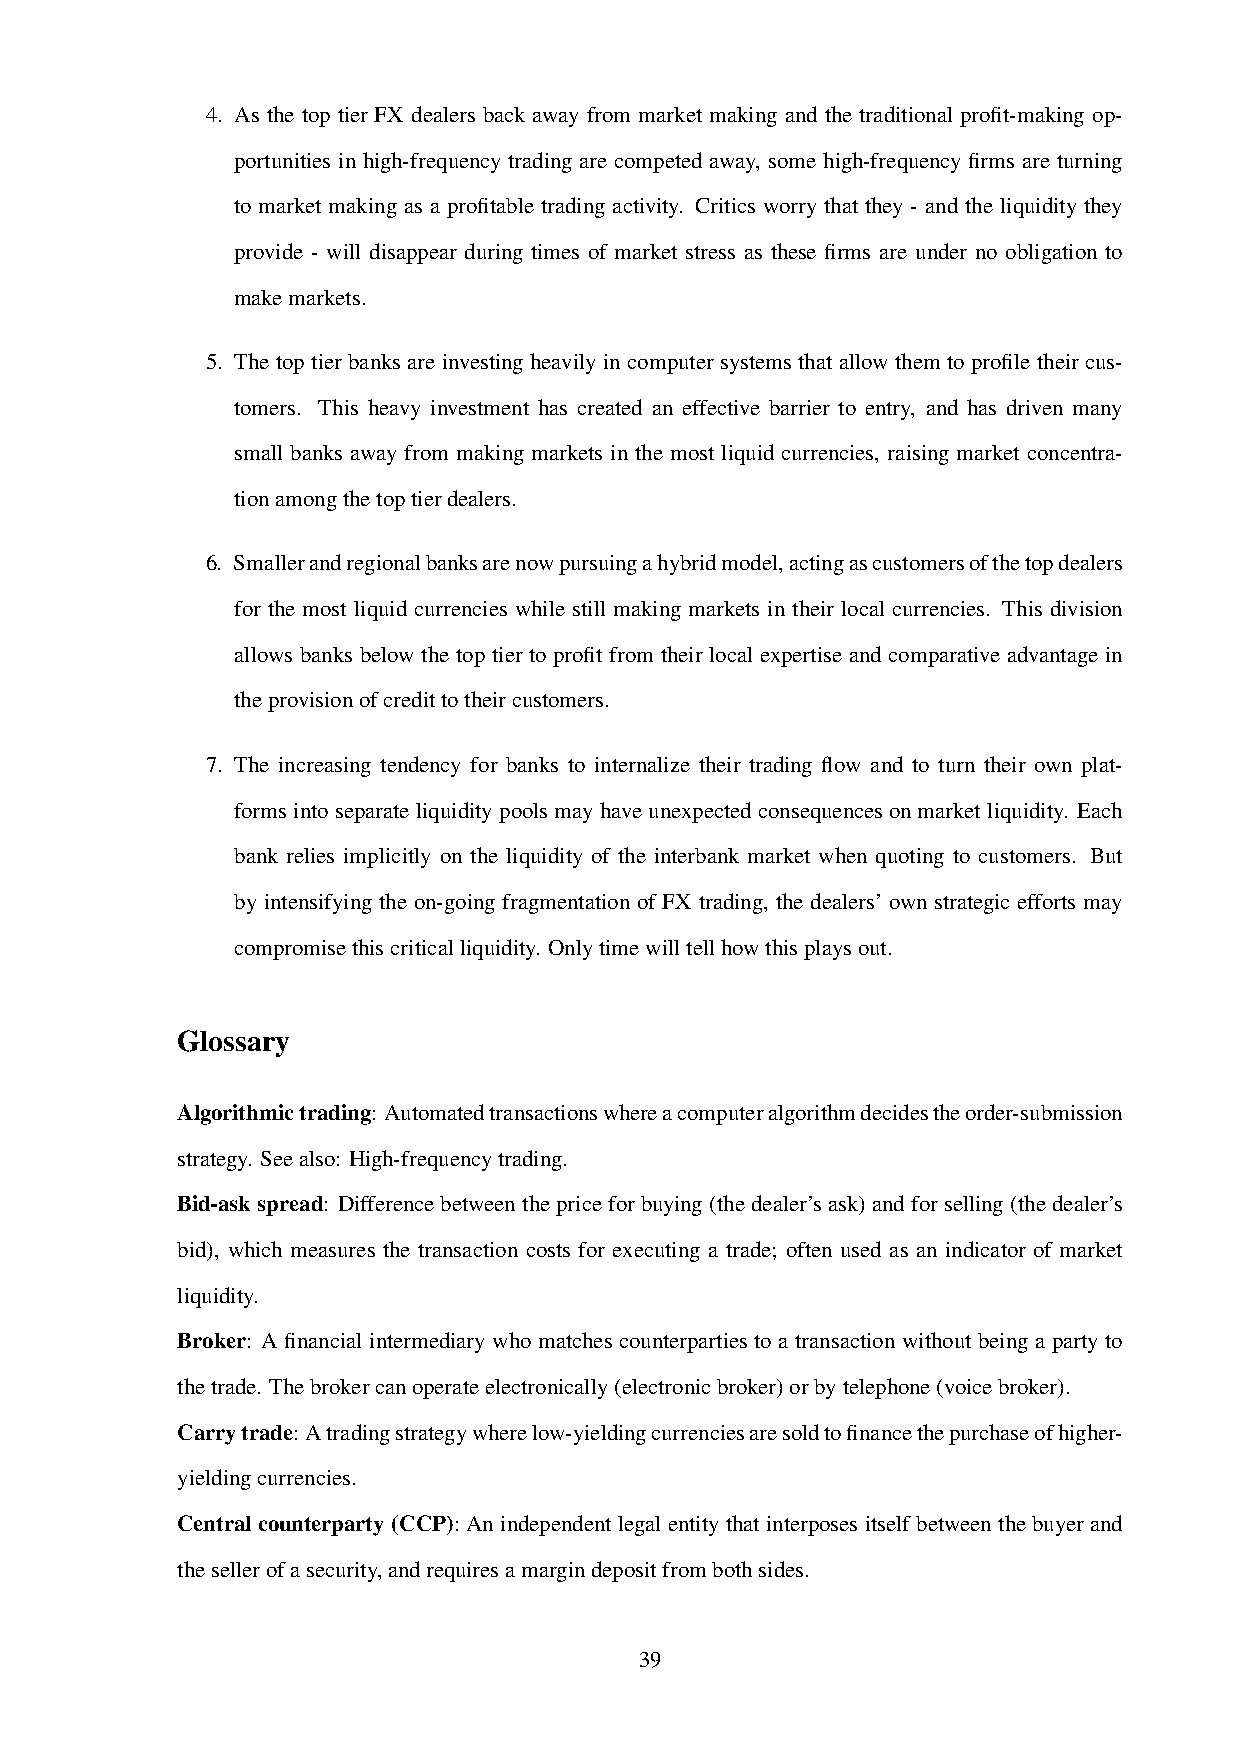
4. As the top tier FX dealers back away from market making and the traditional profit-making op-
 portunities in high-frequency trading are competed away, some high-frequency firms are turning
 to market making as a profitable trading activity. Critics worry that they - and the liquidity they
 provide - will disappear during times of market stress as these firms are under no obligation to
 makemarkets.
 5. The top tier banks are investing heavily in computer systems that allow them to profile their cus-
 tomers. This heavy investment has created an effective barrier to entry, and has driven many
 small banks away from making markets in the most liquid currencies, raising market concentra-
 tionamongthetoptierdealers.
 6. Smallerandregionalbanksarenowpursuingahybridmodel,actingascustomersofthetopdealers
 for the most liquid currencies while still making markets in their local currencies. This division
 allows banks below the top tier to profit from their local expertise and comparative advantage in
 theprovisionofcredittotheircustomers.
 7. The increasing tendency for banks to internalize their trading flow and to turn their own plat-
 formsintoseparateliquiditypoolsmayhaveunexpectedconsequencesonmarketliquidity. Each
 bank relies implicitly on the liquidity of the interbank market when quoting to customers. But
 by intensifying the on-going fragmentation of FX trading, the dealers’ own strategic efforts may
 compromisethiscriticalliquidity. Onlytimewilltellhowthisplaysout.
 Glossary
 Algorithmictrading: Automatedtransactionswhereacomputeralgorithmdecidestheorder-submission
 strategy. Seealso: High-frequencytrading.
 Bid-askspread: Differencebetweenthepriceforbuying(thedealer’sask)andforselling(thedealer’s
 bid), which measures the transaction costs for executing a trade; often used as an indicator of market
 liquidity.
 Broker: A financial intermediary who matches counterparties to a transaction without being a party to
 thetrade. Thebrokercanoperateelectronically(electronicbroker)orbytelephone(voicebroker).
 Carrytrade: Atradingstrategywherelow-yieldingcurrenciesaresoldtofinancethepurchaseofhigher-
 yieldingcurrencies.
 Centralcounterparty(CCP):Anindependent legalentitythatinterposesitselfbetweenthe buyerand
 thesellerofasecurity,andrequiresamargindepositfrombothsides.
 39